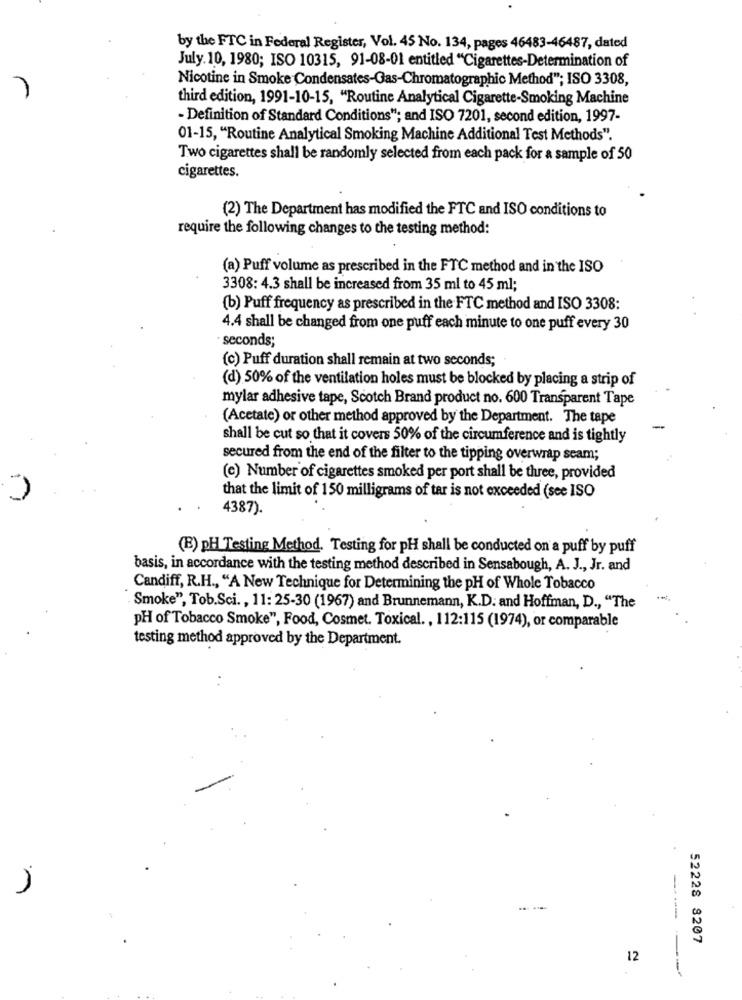
by the FTC in Federal Register, Vol. 45 No. 134, pages 46483-46487, dated
July. 10, 1980; ISO 10315, 91-08-01 entitled "Cigarettes-Determination of
Nicotine in Smoke Condensates-Gas-Chromatographic Method"; ISO 3308,
third edition, 1991-10-15, "Routine Analytical Cigarette-Smoking Machine
- Definition of Standard Conditions"; and ISO 7201, second edition, 1997-
01-15, "Routine Analytical Smoking Machine Additional Test Methods".
Two cigarettes shall be randomly selected from each pack for a sample of 50
cigarettes.
(2) The Department has modified the FTC and ISO conditions to
require the following changes to the testing method:
(a) Puff volume as prescribed in the FTC method and in the ISO
3308: 4.3 shall be increased from 35 ml to 45 ml;
(b) Puff frequency as prescribed in the FTC method and ISO 3308:
4.4 shall be changed from one puff each minute to one puff every 30
seconds;
(c) Puff duration shall remain at two seconds;
(d) 50% of the ventilation holes must be blocked by placing a strip of
mylar adhesive tape, Scotch Brand product no. 600 Transparent Tape
(Acetate) or other method approved by the Department. The tape
-
shall be cut so that it covers 50% of the circumference and is tightly
secured from the end of the filter to the tipping overwrap scam;
(e) Number of cigarettes smoked per port shall be three, provided
that the limit of 150 milligrams of tar is not exceeded (see ISO
4387).
(B) pH Testing Method. Testing for pH shall be conducted on a puff by puff
basis, in accordance with the testing method described in Sensabough, A. J ., Jr. and
Candiff, R.H ., "A New Technique for Determining the pH of Whole Tobacco
Smoke", Tob.Sci. , 11: 25-30 (1967) and Brunnemann, K.D. and Hoffman, D ., "The
pH of Tobacco Smoke", Food, Cosmet. Toxical. , 112:115 (1974), or comparable
testing method approved by the Department.
52228 8207
12